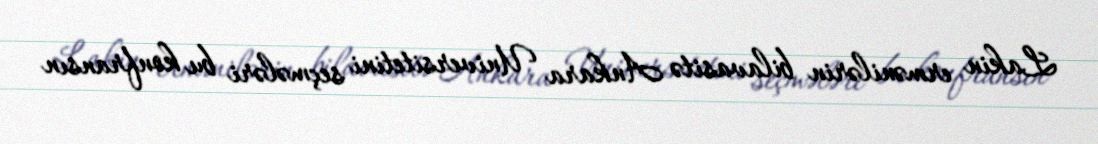
Lakin ermənilərin bilavasitə Ankara Universitetini seçmələri bu konfransın